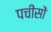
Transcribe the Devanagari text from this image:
पचीसों